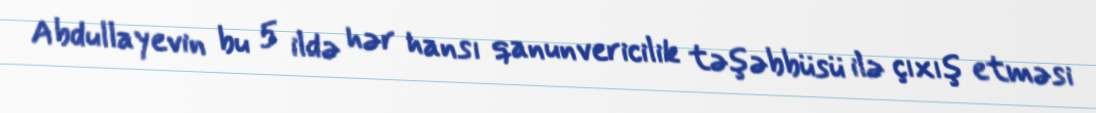
Abdullayevin bu 5 ildə hər hansı qanunvericilik təşəbbüsü ilə çıxış etməsi